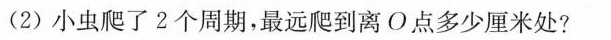
(2)小虫爬了2个周期，最远爬到离O点多少厘米处?